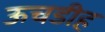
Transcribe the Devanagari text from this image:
ऊचडीह